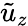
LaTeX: \tilde{u}_{z}